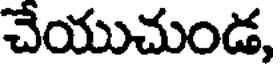
చేయుచుండ,